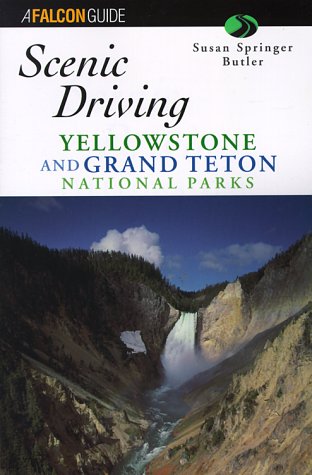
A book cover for Scenic Driving Yellowstone and Grand Teton National Park (Scenic Driving Series); Susan Springer Butler; Travel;